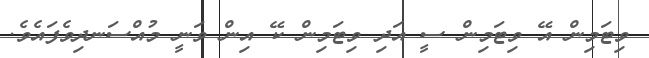
ވިޓަމިން އޭ ވިޓަމިން ސީ އަދި ވިޓަމިން ކޭ އިން ވަނީ މުއްސަނދިވެފައެވެ.